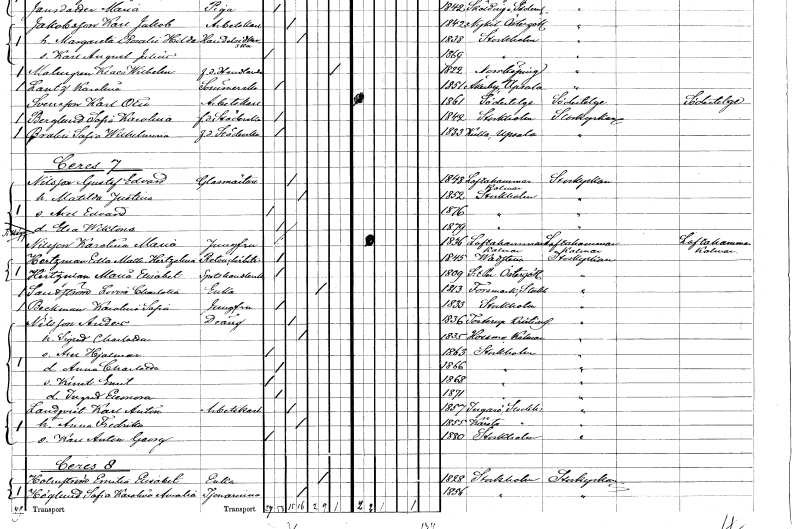
gt_parse: households: individuals: FN: Sofia Karolina
EN: Berglund
YRKE: Städerska f.d.
KON: K
CIV: O
FODAR: 1842
FODFORS: Stockholm
FN: Sofia Wilhelmina
EN: Bralin
YRKE: Städerska f.d.
KON: K
CIV: O
FODAR: 1833
FODFORS: Kulla Stockholms län
FN: Gustaf Edvard
EN: Nilsson
YRKE: Glasmästare
KON: M
CIV: G
FODAR: 1848
FODFORS: Loftahammar Kalmar län
FN: Matilda Justina
KON: K
CIV: G
FODAR: 1852
FODFORS: Stockholm
FN: Axel Edvard
KON: M
CIV: O
FODAR: 1876
FODFORS: Stockholm
FN: Elsa Wiktoria
KON: K
CIV: O
FODAR: 1879
FODFORS: Stockholm
FN: Karolina Maria
EN: Nilsson
YRKE: Jungfru
KON: K
CIV: O
FODAR: 1836
FODFORS: Loftahammar Kalmar län
FN: Edla Mathilda Hertzelina
EN: Hertzman
YRKE: Retuchörska
KON: K
CIV: O
FODAR: 1845
FODFORS: Vadstena Östergötlands län
FN: Maria Elisabet
EN: Hertzman
YRKE: Spetshandlerska
KON: K
CIV: O
FODAR: 1809
FODFORS: Sankt Per Vadstena Östergötlands län
FN: Lovisa Charlotta
EN: Sandström
YRKE: Änka
KON: K
CIV: E
FODAR: 1813
FODFORS: Forsmark Uppsala län
FN: Karolina Sofia
EN: Beckman
YRKE: Jungfru
KON: K
CIV: O
FODAR: 1833
FODFORS: Stockholm
FN: Anders
EN: Nilsson
YRKE: Dräng
KON: M
CIV: G
FODAR: 1836
FODFORS: Tosterup Kristianstads län
FN: Sigrid Charlotta
KON: K
CIV: G
FODAR: 1835
FODFORS: Hossmo Kalmar län
FN: Axel Hjalmar
KON: M
CIV: O
FODAR: 1863
FODFORS: Stockholm
FN: Anna Charlotta
KON: K
CIV: O
FODAR: 1866
FODFORS: Stockholm
FN: Knut Emil
KON: M
CIV: O
FODAR: 1868
FODFORS: Stockholm
FN: Ingrid Eleonora
KON: K
CIV: O
FODAR: 1871
FODFORS: Stockholm
FN: Karl Anton
EN: Landqvist
YRKE: Arbetskarl
KON: M
CIV: G
FODAR: 1857
FODFORS: Ingarö Stockholms län
FN: Anna Fredrika
KON: K
CIV: G
FODAR: 1855
FODFORS: Kårsta Stockholms län
FN: Karl Anton Georg
KON: M
CIV: O
FODAR: 1880
FODFORS: Stockholm
FN: Emilia Elisabet
EN: Holmström
YRKE: Änka
KON: K
CIV: E
FODAR: 1828
FODFORS: Stockholm
FN: Sofia Karolina Amalia
EN: Höglund
YRKE: Tjänarinna
KON: K
CIV: G
FODAR: 1856
FODFORS: Stockholm